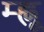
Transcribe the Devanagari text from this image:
म्ह्णू